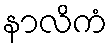
နာလိကံ